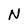
Character: N